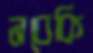
নবেকি